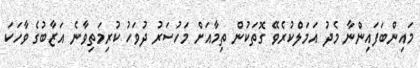
މައިންބަފައިންނާ މެދު އަމަލްކުރެވޭ ގޮތަކުން ތިމާއަށް މަހުސަރު ދުވަހު ކުރިމަތިވާނެ އަޒާބުގެ ވާހަކަ